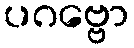
ပဂဗ္ဗော